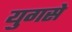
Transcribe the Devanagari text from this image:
युगसे